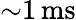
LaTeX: {\sim}1\, \mathrm{ms}